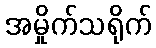
အမှိုက်သရိုက်